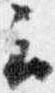
云